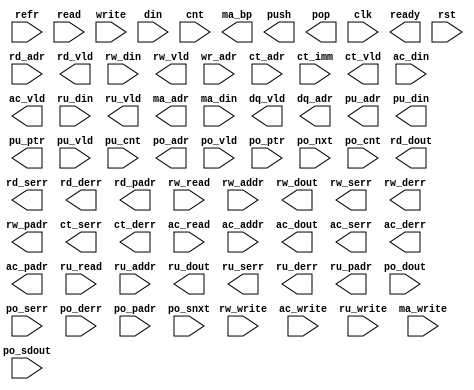
module algo_mrnrw_ref (refr,  
                         read, rd_adr, rd_vld, rd_dout, rd_serr, rd_derr, rd_padr,
                         rw_read, rw_write, rw_addr, rw_din, rw_vld, rw_dout, rw_serr, rw_derr, rw_padr,
                         write, wr_adr, din, 
                         cnt, ct_adr, ct_imm, ct_vld, ct_serr, ct_derr,
                         ac_read, ac_write, ac_addr, ac_din, ac_vld, ac_dout, ac_serr, ac_derr, ac_padr,
                         ru_read, ru_write, ru_addr, ru_din, ru_vld, ru_dout, ru_serr, ru_derr, ru_padr,
                         ma_write, ma_adr, ma_bp, ma_din, dq_vld, dq_adr,
                         push, pu_adr, pu_din, pu_ptr, pu_vld, pu_cnt,
                         pop, po_adr, po_vld, po_dout, po_serr, po_derr, po_padr, po_ptr, po_nxt, po_cnt, po_snxt, po_sdout,
                         clk, ready, rst);

  parameter WIDTH = 4;
  parameter NUMADDR = 16;
  parameter BITADDR = 4;
  parameter NUMRDPT = 2;
  parameter NUMRWPT = 0;
  parameter NUMWRPT = 1;
  parameter NUMCTPT = 0;
  parameter NUMACPT = 0;
  parameter NUMRUPT = 0;
  parameter NUMMAPT = 0;
  parameter NUMDQPT = 0;
  parameter NUMPUPT = 0;
  parameter NUMPOPT = 0;
  parameter NUMXMPT = 0;
  parameter NUMXSPT = 0;
  parameter NUMSEPT = 0;
  parameter NUMHUPT = 0;
  parameter NUMVBNK1 = 4;
  parameter BITVBNK1 = 2;
  parameter BITPBNK1 = 3;
  parameter NUMVROW1 = 4;
  parameter BITVROW1 = 2;
  parameter NUMVBNK2 = 1;
  parameter BITVBNK2 = 0;
  parameter BITPBNK2 = 0;
  parameter NUMVROW2 = NUMVROW1;
  parameter BITVROW2 = BITVROW1;
  parameter NUMVBNK3 = 1;
  parameter BITVBNK3 = 0;
  parameter BITPBNK3 = 0;
  parameter NUMVROW3 = NUMVROW2;
  parameter BITVROW3 = BITVROW2;
  parameter NUMWRDS = 1;
  parameter BITWRDS = 0;
  parameter NUMSROW = NUMVROW3;
  parameter BITSROW = BITVROW3;
  parameter BITPADR = 5;
  parameter BITEROR = BITPADR-BITSROW-1;
  parameter NUMEROR = 1 << BITEROR;
  parameter MODEROR = 0; // 0 for no error protection; 1 for parity mode; 2 for ECC mode
  parameter BITPADRX = (NUMVBNK1 == 1) ? (BITPADR - 1) : (BITPADR - 2);

  parameter DEPTH = 32;
  parameter NUMCELL = 8;
  parameter BITCELL = 3;
  parameter NUMQUEU = DEPTH/80;
  parameter BITQUEU = BITADDR-BITCELL;
  parameter NUMSCNT = 2;
  parameter CNTWDTH = WIDTH/NUMSCNT;

  parameter MEM_DELAY = 1;
  parameter UPD_DELAY = 7;

  input                        refr;

  input [NUMRDPT-1:0]          read;
  input [NUMRDPT*BITADDR-1:0]  rd_adr;
  output [NUMRDPT-1:0]         rd_vld;
  output [NUMRDPT*WIDTH-1:0]   rd_dout;
  output [NUMRDPT-1:0]         rd_serr;
  output [NUMRDPT-1:0]         rd_derr;
  output [NUMRDPT*BITPADR-1:0] rd_padr;

  input [NUMRWPT-1:0]          rw_read;
  input [NUMRWPT-1:0]          rw_write;
  input [NUMRWPT*BITADDR-1:0]  rw_addr;
  input [NUMRWPT*WIDTH-1:0]    rw_din;
  output [NUMRWPT-1:0]         rw_vld;
  output [NUMRWPT*WIDTH-1:0]   rw_dout;
  output [NUMRWPT-1:0]         rw_serr;
  output [NUMRWPT-1:0]         rw_derr;
  output [NUMRWPT*BITPADR-1:0] rw_padr;

  input [NUMWRPT-1:0]          write;
  input [NUMWRPT*BITADDR-1:0]  wr_adr;
  input [NUMWRPT*WIDTH-1:0]    din;

  input [NUMCTPT-1:0]          cnt;
  input [NUMCTPT*BITADDR-1:0]  ct_adr;
  input [NUMCTPT*WIDTH-1:0]    ct_imm;
  output [NUMCTPT-1:0]         ct_vld;
  output [NUMCTPT-1:0]         ct_serr;
  output [NUMCTPT-1:0]         ct_derr;
 
  input [NUMACPT-1:0]          ac_read;
  input [NUMACPT-1:0]          ac_write;
  input [NUMACPT*BITADDR-1:0]  ac_addr;
  input [NUMACPT*WIDTH-1:0]    ac_din;
  output [NUMACPT-1:0]         ac_vld;
  output [NUMACPT*WIDTH-1:0]   ac_dout; 
  output [NUMACPT-1:0]         ac_serr;
  output [NUMACPT-1:0]         ac_derr;
  output [NUMACPT*BITPADR-1:0] ac_padr;

  input [NUMRUPT-1:0]          ru_read;
  input [NUMRUPT-1:0]          ru_write;
  input [NUMRUPT*BITADDR-1:0]  ru_addr;
  input [NUMRUPT*WIDTH-1:0]    ru_din;
  output [NUMRUPT-1:0]         ru_vld;
  output [NUMRUPT*WIDTH-1:0]   ru_dout; 
  output [NUMRUPT-1:0]         ru_serr;
  output [NUMRUPT-1:0]         ru_derr;
  output [NUMRUPT*BITPADR-1:0] ru_padr;

  input [NUMMAPT-1:0]          ma_write;
  output [NUMMAPT*BITADDR-1:0] ma_adr;
  output [NUMMAPT-1:0]         ma_bp;
  input [NUMMAPT*WIDTH-1:0]    ma_din;

  output [NUMDQPT-1:0]         dq_vld;
  output [NUMDQPT*BITADDR-1:0] dq_adr;

  output [NUMPUPT-1:0]         push;
  output [NUMPUPT*BITQUEU-1:0] pu_adr;
  output [NUMPUPT*BITADDR-1:0] pu_ptr; 
  output [NUMPUPT*WIDTH-1:0]   pu_din; 
  input [NUMPUPT-1:0]          pu_vld;
  input [NUMPUPT*(BITADDR+1)-1:0]    pu_cnt; 
  
  output [NUMPOPT-1:0]         pop;
  output [NUMPOPT*BITQUEU-1:0] po_adr;
  input [NUMPOPT-1:0]          po_vld;
  input [NUMPOPT*BITADDR-1:0]  po_ptr; 
  input [NUMPOPT*BITADDR-1:0]  po_nxt; 
  input [NUMPOPT*WIDTH-1:0]    po_dout; 
  input [NUMPOPT-1:0]          po_serr;
  input [NUMPOPT-1:0]          po_derr;
  input [NUMPOPT*BITPADR-1:0]  po_padr;
  input [NUMPOPT*(BITADDR+1)-1:0]    po_cnt; 
  input [NUMPOPT*BITADDR-1:0]  po_snxt; 
  input [NUMPOPT*WIDTH-1:0]    po_sdout; 

  input                        clk;
  input                        rst;
  output                       ready;

// synopsys translate_off
// translate_off
  reg               read_wire [0:NUMRDPT-1];
  reg [BITADDR-1:0] rd_adr_wire [0:NUMRDPT-1];
  reg [BITVBNK1-1:0] rd_badr1_wire [0:NUMRDPT-1];
  reg [BITVBNK2-1:0] rd_badr2_wire [0:NUMRDPT-1];
  reg [BITVBNK3-1:0] rd_badr3_wire [0:NUMRDPT-1];
  reg [BITSROW-1:0] rd_radr_wire [0:NUMRDPT-1];
  reg [BITWRDS-1:0] rd_wadr_wire [0:NUMRDPT-1];
  reg               rw_read_wire [0:NUMRWPT-1];
  reg               rw_write_wire [0:NUMRWPT-1];
  reg [BITADDR-1:0] rw_addr_wire [0:NUMRWPT-1];
  reg [BITVBNK1-1:0] rw_badr1_wire [0:NUMRWPT-1];
  reg [BITVBNK2-1:0] rw_badr2_wire [0:NUMRWPT-1];
  reg [BITVBNK3-1:0] rw_badr3_wire [0:NUMRWPT-1];
  reg [BITSROW-1:0] rw_radr_wire [0:NUMRWPT-1];
  reg [BITWRDS-1:0] rw_wadr_wire [0:NUMRWPT-1];
  reg [BITPADRX:0] rw_padr_wire [0:NUMRWPT-1];
  reg [WIDTH-1:0]   rw_din_wire [0:NUMRWPT-1];

  genvar prt_var;
  generate if (1) begin: prt_loop
    for (prt_var=0; prt_var<NUMRDPT; prt_var=prt_var+1) begin: rd_loop
      assign read_wire[prt_var] = read >> prt_var;
      assign rd_adr_wire[prt_var] = rd_adr >> (prt_var*BITADDR);

      wire [BITVROW1-1:0] radr1_wire;
      np2_addr #(.NUMADDR (NUMADDR), .BITADDR (BITADDR),
                 .NUMVBNK (NUMVBNK1), .BITVBNK (BITVBNK1),
                 .NUMVROW (NUMVROW1), .BITVROW (BITVROW1))
        bnk1_inst (.vbadr(rd_badr1_wire[prt_var]), .vradr(radr1_wire), .vaddr(rd_adr_wire[prt_var]));

      wire [BITVROW2-1:0] radr2_wire;
      if (NUMVBNK2>1) begin: bnk2_loop
        np2_addr #(.NUMADDR (NUMVROW1), .BITADDR (BITVROW1),
                   .NUMVBNK (NUMVBNK2), .BITVBNK (BITVBNK2),
                   .NUMVROW (NUMVROW2), .BITVROW (BITVROW2))
          bnk2_inst (.vbadr(rd_badr2_wire[prt_var]), .vradr(radr2_wire), .vaddr(radr1_wire));
      end else begin: nbnk2_loop
        assign rd_badr2_wire[prt_var] = 0;
        assign radr2_wire = radr1_wire;
      end

      wire [BITVROW3-1:0] radr3_wire;
      if (NUMVBNK3>1) begin: bnk3_loop
        np2_addr #(.NUMADDR (NUMVROW2), .BITADDR (BITVROW2),
                   .NUMVBNK (NUMVBNK3), .BITVBNK (BITVBNK3),
                   .NUMVROW (NUMVROW3), .BITVROW (BITVROW3))
          bnk3_inst (.vbadr(rd_badr3_wire[prt_var]), .vradr(radr3_wire), .vaddr(radr2_wire));
      end else begin: nbnk3_loop
        assign rd_badr3_wire[prt_var] = 0;
        assign radr3_wire = radr2_wire;
      end

      if (NUMWRDS>1) begin: wrd_loop
        np2_addr #(.NUMADDR (NUMVROW3), .BITADDR (BITVROW3),
                   .NUMVBNK (NUMWRDS), .BITVBNK (BITWRDS),
                   .NUMVROW (NUMSROW), .BITVROW (BITSROW))
          wadr_inst (.vbadr(rd_wadr_wire[prt_var]), .vradr(rd_radr_wire[prt_var]), .vaddr(radr3_wire));
      end else begin: nwrd_loop
        assign rd_wadr_wire[prt_var] = 0;
        assign rd_radr_wire[prt_var] = radr3_wire;
      end
    end
    for (prt_var=0; prt_var<NUMRWPT; prt_var=prt_var+1) begin: rw_loop
      assign rw_read_wire[prt_var] = rw_read >> prt_var;
      assign rw_write_wire[prt_var] = rw_write >> prt_var;
      assign rw_addr_wire[prt_var] = rw_addr >> (prt_var*BITADDR);
      assign rw_din_wire[prt_var] = rw_din >> (prt_var*WIDTH);

      wire [BITVROW1-1:0] radr1_wire;
      np2_addr #(.NUMADDR (NUMADDR), .BITADDR (BITADDR),
                 .NUMVBNK (NUMVBNK1), .BITVBNK (BITVBNK1),
                 .NUMVROW (NUMVROW1), .BITVROW (BITVROW1))
        bnk1_inst (.vbadr(rw_badr1_wire[prt_var]), .vradr(radr1_wire), .vaddr(rw_addr_wire[prt_var]));

      wire [BITVROW2-1:0] radr2_wire;
      if (NUMVBNK2>1) begin: bnk2_loop
        np2_addr #(.NUMADDR (NUMVROW1), .BITADDR (BITVROW1),
                   .NUMVBNK (NUMVBNK2), .BITVBNK (BITVBNK2),
                   .NUMVROW (NUMVROW2), .BITVROW (BITVROW2))
          bnk2_inst (.vbadr(rw_badr2_wire[prt_var]), .vradr(radr2_wire), .vaddr(radr1_wire));
      end else begin: nbnk2_loop
        assign rw_badr2_wire[prt_var] = 0;
        assign radr2_wire = radr1_wire;
      end

      wire [BITVROW3-1:0] radr3_wire;
      if (NUMVBNK3>1) begin: bnk3_loop
        np2_addr #(.NUMADDR (NUMVROW2), .BITADDR (BITVROW2),
                   .NUMVBNK (NUMVBNK3), .BITVBNK (BITVBNK3),
                   .NUMVROW (NUMVROW3), .BITVROW (BITVROW3))
          bnk3_inst (.vbadr(rw_badr3_wire[prt_var]), .vradr(radr3_wire), .vaddr(radr2_wire));
      end else begin: nbnk3_loop
        assign rw_badr3_wire[prt_var] = 0;
        assign radr3_wire = radr2_wire;
      end

      if (NUMWRDS>1) begin: wrd_loop
        np2_addr #(.NUMADDR (NUMVROW3), .BITADDR (BITVROW3),
                   .NUMVBNK (NUMWRDS), .BITVBNK (BITWRDS),
                   .NUMVROW (NUMSROW), .BITVROW (BITSROW))
          wadr_inst (.vbadr(rw_wadr_wire[prt_var]), .vradr(rw_radr_wire[prt_var]), .vaddr(radr3_wire));
      end else begin: nwrd_loop
        assign rw_wadr_wire[prt_var] = 0;
        assign rw_radr_wire[prt_var] = radr3_wire;
      end

      assign rw_padr_wire[prt_var] = rw_radr_wire[prt_var] |
                                     (rw_wadr_wire[prt_var] << (BITSROW)) |
                                     (rw_badr3_wire[prt_var] << (BITSROW+BITWRDS)) |
                                     (rw_badr2_wire[prt_var] << (BITSROW+BITWRDS+BITPBNK3)) |
                                     (rw_badr1_wire[prt_var] << (BITSROW+BITWRDS+BITPBNK3+BITPBNK2));
    end
  end
  endgenerate

  // The following is for error injection support
`ifdef SUPPORTED
  // systemVerilog sparse memory -- location only allocated when indexed
  bit [WIDTH-1 :0] mem[*];
  // This is for backdoor access support
  bit bdw_flag[*]; // backdoor written flag
  bit fwd_flag[*]; // backdoor forward flag
  // systemVerilog sparse memory -- location only allocated when indexed
  bit serr[NUMEROR][*];
  bit derr[NUMEROR][*];
`else
  reg [WIDTH-1 :0] mem[NUMADDR-1:0];
  // This is for backdoor access support
  reg bdw_flag[NUMADDR-1:0]; // backdoor written flag
  reg fwd_flag[NUMADDR-1:0]; // backdoor forward flag
  integer f_int;
  initial begin
    for (f_int=0; f_int<NUMADDR; f_int=f_int+1) begin
      bdw_flag[f_int] = 1'b0;
      fwd_flag[f_int] = 1'b0;
    end
  end

  bit serr[NUMEROR-1:0][NUMSROW-1:0];
  bit derr[NUMEROR-1:0][NUMSROW-1:0];
  integer b_int, s_int;
  initial begin
    for (b_int=0; b_int<NUMEROR; b_int=b_int+1)
      for (s_int=0; s_int<NUMSROW; s_int=s_int+1) begin
          serr[b_int][s_int] = 1'b0;
          derr[b_int][s_int] = 1'b0;
      end
  end
`endif

  // on write, clear error (if exists) on that bank and the extra bank
  integer wr_int;
  always @(posedge clk) begin
    for (wr_int=0; wr_int<NUMRWPT; wr_int=wr_int+1)
      if (rw_write_wire[wr_int]) begin
`ifdef SUPPORTED
        mem[rw_addr_wire[wr_int]] = rw_din_wire[wr_int];
        if (mem.exists(rw_addr_wire[wr_int])) bdw_flag.delete(rw_addr_wire[wr_int]);
        if (serr[rw_padr_wire[wr_int][BITPADRX:BITSROW]].exists(rw_radr_wire[wr_int]))
            serr[rw_padr_wire[wr_int][BITPADRX:BITSROW]].delete(rw_radr_wire[wr_int]);
        if (derr[rw_padr_wire[wr_int][BITPADRX:BITSROW]].exists(rw_radr_wire[wr_int]))
            derr[rw_padr_wire[wr_int][BITPADRX:BITSROW]].delete(rw_radr_wire[wr_int]);
`else
        mem[rw_addr_wire[wr_int]] <= rw_din_wire[wr_int];
        bdw_flag[rw_addr_wire[wr_int]] <= 1'b0;
        serr[rw_padr_wire[wr_int][BITPADRX:BITSROW]][rw_radr_wire[wr_int]] <= 1'b0;
        derr[rw_padr_wire[wr_int][BITPADRX:BITSROW]][rw_radr_wire[wr_int]] <= 1'b0;
`endif
      end
  end

  reg [NUMEROR:0] rd_c0 [0:NUMRDPT-1];
  reg [NUMEROR:0] rw_c0 [0:NUMRWPT-1];
  reg rd_c1 [0:NUMRDPT-1];
  reg rw_c1 [0:NUMRWPT-1];
  reg [BITPADR-1:0] rd_tmp0 [0:NUMRDPT-1];
  reg [BITPADR-1:0] rw_tmp0 [0:NUMRWPT-1];
  integer b0, rde_int;
  always_comb begin
    for (rde_int=0; rde_int<NUMRDPT; rde_int=rde_int+1)
      if (read_wire[rde_int]) begin
        rd_c0[rde_int] = 0;
        rd_c1[rde_int] = 0;
        rd_tmp0[rde_int] = rd_radr_wire[rde_int] |
                           (rd_wadr_wire[rde_int] << BITSROW) |
                           (rd_badr3_wire[rde_int] << BITSROW+BITWRDS) |
                           (rd_badr2_wire[rde_int] << BITSROW+BITWRDS+BITPBNK3) |
                           (rd_badr1_wire[rde_int] << BITSROW+BITWRDS+BITPBNK3+BITPBNK2) |
                           (fwd_flag[rd_adr_wire[rde_int]] << BITSROW+BITWRDS+BITPBNK3+BITPBNK2+BITPBNK1);
        for (b0 = NUMEROR; b0 >= 0; b0 = b0 - 1) begin
`ifdef SUPPORTED
          if (serr[b0].exists(rd_radr_wire[rde_int]))
`else
          if (serr[b0][rd_radr_wire[rde_int]])
`endif
            rd_c0[rde_int] = rd_c0[rde_int]+1;
`ifdef SUPPORTED
          if (derr[b0].exists(rd_radr_wire[rde_int]))
`else
          if (derr[b0][rd_radr_wire[rde_int]])
`endif
            rd_c1[rde_int] = 1;
          if ((rd_c0[rde_int] > 0) || rd_c1[rde_int])
            rd_tmp0[rde_int] = rd_radr_wire[rde_int] | (b0 << BITSROW) | (fwd_flag[rd_adr_wire[rde_int]] << BITSROW+BITWRDS+BITPBNK3+BITPBNK2+BITPBNK1);
        end
      end
    for (rde_int=0; rde_int<NUMRWPT; rde_int=rde_int+1)
      if (rw_read_wire[rde_int]) begin
        rw_c0[rde_int] = 0;
        rw_c1[rde_int] = 0;
        rw_tmp0[rde_int] = rw_radr_wire[rde_int] |
                           (rw_wadr_wire[rde_int] << BITSROW) |
                           (rw_badr3_wire[rde_int] << BITSROW+BITWRDS) |
                           (rw_badr2_wire[rde_int] << BITSROW+BITWRDS+BITPBNK3) |
                           (rw_badr1_wire[rde_int] << BITSROW+BITWRDS+BITPBNK3+BITPBNK2) |
                           (fwd_flag[rw_addr_wire[rde_int]] << BITSROW+BITWRDS+BITPBNK3+BITPBNK2+BITPBNK1);
        for (b0 = NUMEROR; b0 >= 0; b0 = b0 - 1) begin
`ifdef SUPPORTED
          if (serr[b0].exists(rw_radr_wire[rde_int]))
`else
          if (serr[b0][rw_radr_wire[rde_int]])
`endif
            rw_c0[rde_int] = rw_c0[rde_int]+1;
`ifdef SUPPORTED
          if (derr[b0].exists(rw_radr_wire[rde_int]))
`else
          if (derr[b0][rw_radr_wire[rde_int]])
`endif
            rw_c1[rde_int] = 1;
          if ((rw_c0[rde_int] > 0) || rw_c1[rde_int])
            rw_tmp0[rde_int] = rw_radr_wire[rde_int] | (b0 << BITSROW) | (fwd_flag[rw_addr_wire[rde_int]] << BITSROW+BITWRDS+BITPBNK3+BITPBNK2+BITPBNK1);
        end
      end
  end

  // output pipeline
  reg               rd_vld_reg [0:NUMRDPT-1][0:MEM_DELAY-1];
  reg [WIDTH-1:0]   rd_dout_reg [0:NUMRDPT-1][0:MEM_DELAY-1];
  reg               rd_serr_reg [0:NUMRDPT-1][0:MEM_DELAY-1];
  reg               rd_derr_reg [0:NUMRDPT-1][0:MEM_DELAY-1];
  reg [BITPADR-1:0] rd_padr_reg [0:NUMRDPT-1][0:MEM_DELAY-1];

  reg               rw_vld_reg [0:NUMRWPT-1][0:MEM_DELAY-1];
  reg [WIDTH-1:0]   rw_dout_reg [0:NUMRWPT-1][0:MEM_DELAY-1];
  reg               rw_serr_reg [0:NUMRWPT-1][0:MEM_DELAY-1];
  reg               rw_derr_reg [0:NUMRWPT-1][0:MEM_DELAY-1];
  reg [BITPADR-1:0] rw_padr_reg [0:NUMRWPT-1][0:MEM_DELAY-1];

  integer rd_int, del_int;
  always @(posedge clk) begin
    for (del_int=0; del_int<MEM_DELAY; del_int=del_int+1) begin
      for (rd_int=0; rd_int<NUMRDPT; rd_int=rd_int+1)
        if (del_int>0) begin
          rd_vld_reg[rd_int][del_int] <= rd_vld_reg[rd_int][del_int-1];
          rd_dout_reg[rd_int][del_int] <= rd_dout_reg[rd_int][del_int-1];
          rd_serr_reg[rd_int][del_int] <= rd_serr_reg[rd_int][del_int-1];
          rd_derr_reg[rd_int][del_int] <= rd_derr_reg[rd_int][del_int-1];
          rd_padr_reg[rd_int][del_int] <= rd_padr_reg[rd_int][del_int-1];
        end else begin
          rd_vld_reg[rd_int][del_int] <= read_wire[rd_int];
          rd_dout_reg[rd_int][del_int] <= mem[rd_adr_wire[rd_int]];
          rd_serr_reg[rd_int][del_int] <= (MODEROR == 0) ? 0 : (read_wire[rd_int] &&
                                         ((MODEROR == 1) ? (rd_c0[rd_int]==1) : (rd_c0[rd_int]>0)));
          rd_derr_reg[rd_int][del_int] <= (MODEROR == 0) ? 0 : (read_wire[rd_int] &&
                                         ((MODEROR == 1) ? (rd_c0[rd_int]>1) : rd_c1[rd_int]));
          rd_padr_reg[rd_int][del_int] <= read_wire[rd_int] ? rd_tmp0[rd_int] : 0;
        end
      for (rd_int=0; rd_int<NUMRWPT; rd_int=rd_int+1)
        if (del_int>0) begin
          rw_vld_reg[rd_int][del_int] <= rw_vld_reg[rd_int][del_int-1];
          rw_dout_reg[rd_int][del_int] <= rw_dout_reg[rd_int][del_int-1];
          rw_serr_reg[rd_int][del_int] <= rw_serr_reg[rd_int][del_int-1];
          rw_derr_reg[rd_int][del_int] <= rw_derr_reg[rd_int][del_int-1];
          rw_padr_reg[rd_int][del_int] <= rw_padr_reg[rd_int][del_int-1];
        end else begin
          rw_vld_reg[rd_int][del_int] <= rw_read_wire[rd_int];
          rw_dout_reg[rd_int][del_int] <= mem[rw_addr_wire[rd_int]];
          rw_serr_reg[rd_int][del_int] <= (MODEROR == 0) ? 0 : (rw_read_wire[rd_int] &&
                                         ((MODEROR == 1) ? (rw_c0[rd_int]==1) : (rw_c0[rd_int]>0)));
          rw_derr_reg[rd_int][del_int] <= (MODEROR == 0) ? 0 : (rw_read_wire[rd_int] &&
                                         ((MODEROR == 1) ? (rw_c0[rd_int]>1) : rw_c1[rd_int]));
          rw_padr_reg[rd_int][del_int] <= rw_read_wire[rd_int] ? rw_tmp0[rd_int] : 0;
        end
    end
end

  reg [NUMRDPT-1:0]         rd_vld;
  reg [NUMRDPT*WIDTH-1:0]   rd_dout;
  reg [NUMRDPT-1:0]         rd_serr;
  reg [NUMRDPT-1:0]         rd_derr;
  reg [NUMRDPT*BITPADR-1:0] rd_padr;

  reg [NUMRWPT-1:0]         rw_vld;
  reg [NUMRWPT*WIDTH-1:0]   rw_dout;
  reg [NUMRWPT-1:0]         rw_serr;
  reg [NUMRWPT-1:0]         rw_derr;
  reg [NUMRWPT*BITPADR-1:0] rw_padr;

  integer out_int;
  always_comb begin
    rd_vld = 0;
    rd_dout = 0;
    rd_serr = 0;
    rd_derr = 0;
    rd_padr = 0;
    rw_vld = 0;
    rw_dout = 0;
    rw_serr = 0;
    rw_derr = 0;
    rw_padr = 0;
    for (out_int=0; out_int<NUMRDPT; out_int=out_int+1) begin
      rd_vld = rd_vld | (rd_vld_reg[out_int][MEM_DELAY-1] << out_int);
      rd_dout = rd_dout | (rd_dout_reg[out_int][MEM_DELAY-1] << (out_int*WIDTH));
      rd_serr = rd_serr | (rd_serr_reg[out_int][MEM_DELAY-1] << out_int);
      rd_derr = rd_derr | (rd_derr_reg[out_int][MEM_DELAY-1] << out_int);
      rd_padr = rd_padr | (rd_padr_reg[out_int][MEM_DELAY-1] << (out_int*BITPADR));
    end
    for (out_int=0; out_int<NUMRWPT; out_int=out_int+1) begin
      rw_vld = rw_vld | (rw_vld_reg[out_int][MEM_DELAY-1] << out_int);
      rw_dout = rw_dout | (rw_dout_reg[out_int][MEM_DELAY-1] << (out_int*WIDTH));
      rw_serr = rw_serr | (rw_serr_reg[out_int][MEM_DELAY-1] << out_int);
      rw_derr = rw_derr | (rw_derr_reg[out_int][MEM_DELAY-1] << out_int);
      rw_padr = rw_padr | (rw_padr_reg[out_int][MEM_DELAY-1] << (out_int*BITPADR));
    end
  end

  reg ready;
  always @(posedge clk)
    ready <= !rst;
// synopsys translate_on
// translate_on

endmodule